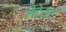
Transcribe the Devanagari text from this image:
लैटेराट